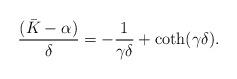
LaTeX: \begin{align*}\frac{({\bar K}-\alpha)}{\delta}= -\frac{1}{\gamma\delta} + {\rm coth}({\gamma\delta}) . \end{align*}